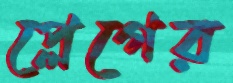
প্লেগের